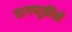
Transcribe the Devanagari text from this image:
वागणूकीने